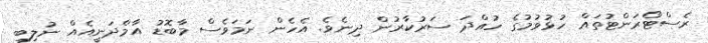
ރެސްޓޯރަންޓުތައް ހުޅުވުމުގެ ހުއްދަ ސަރުކާރުން ދިނެވެ. އެހެން ނަމަވެސް މާބޮޑު އާމްދަނީއެއް ނުލިބި